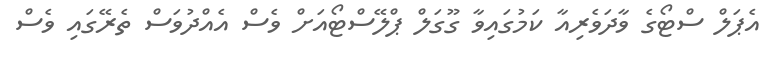
އެޕަލް ސްޓޯގެ ވާދަވެރިއާ ކަމުގައިވާ ގޫގަލް ޕްލޭސްޓޯއަށް ވެސް އެއްދުވަސް ތެރޭގައި ވެސް